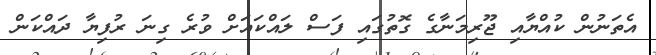
އެތަނުން ކުއްޔާއި ޖޫރިމަނާގެ ގޮތުގައި ފަސް ލައްކައަށް ވުރެ ގިނަ ރުފިޔާ ދައްކަން